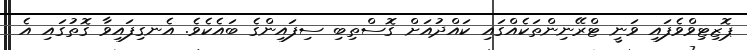
ޕޮޒިޓިވްވެފައި ވަނީ ޓްރޭނިންތަކެއްގައި ކައްދުއަށް ގޮސްތިބި ސިފައިންގެ ބައެކެވެ. އެނގިފައިވާ ގޮތުގައި އެ